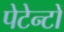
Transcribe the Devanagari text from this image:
पेटेन्टों